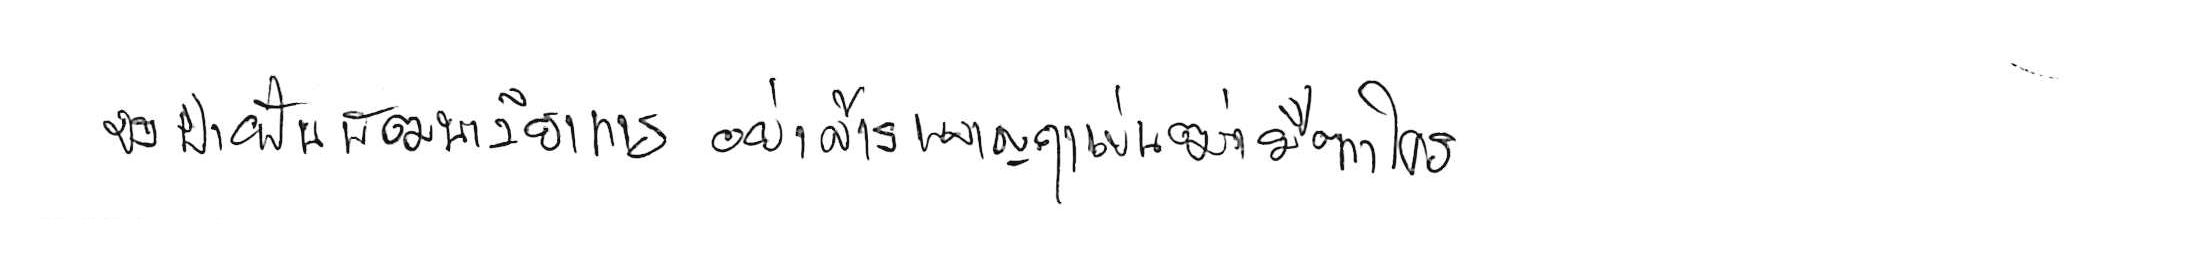
จงฝ่าฟันพัฒนาวิชาการ อย่าล้างผลาญฤๅเข่นฆ่าบีฑาใคร